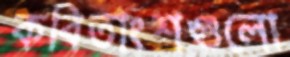
কবিতাংশগুলো